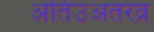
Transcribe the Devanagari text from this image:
अतिउअतरव्र